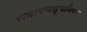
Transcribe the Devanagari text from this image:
रामायणसूचनिका